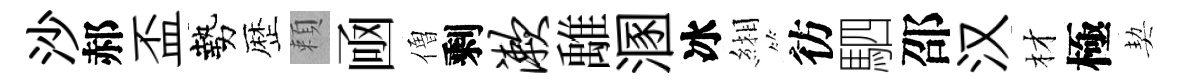
沙郝盃勢歴頼凾僧剩漱𩀌溷冰緗彷駟邵汉材極契